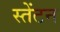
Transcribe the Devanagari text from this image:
स्तेंटन